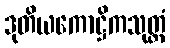
ဒုတိယကောဋ္ဌိကသုတ္တံ